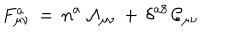
F _ { \mu \nu } ^ { a } \, = \, n ^ { a } \, \mathcal { A } _ { \mu \nu } \, + \, \delta ^ { a 8 } \, \mathcal { C } _ { \mu \nu }